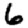
Digit: 6